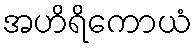
အဟိရိကောယံ